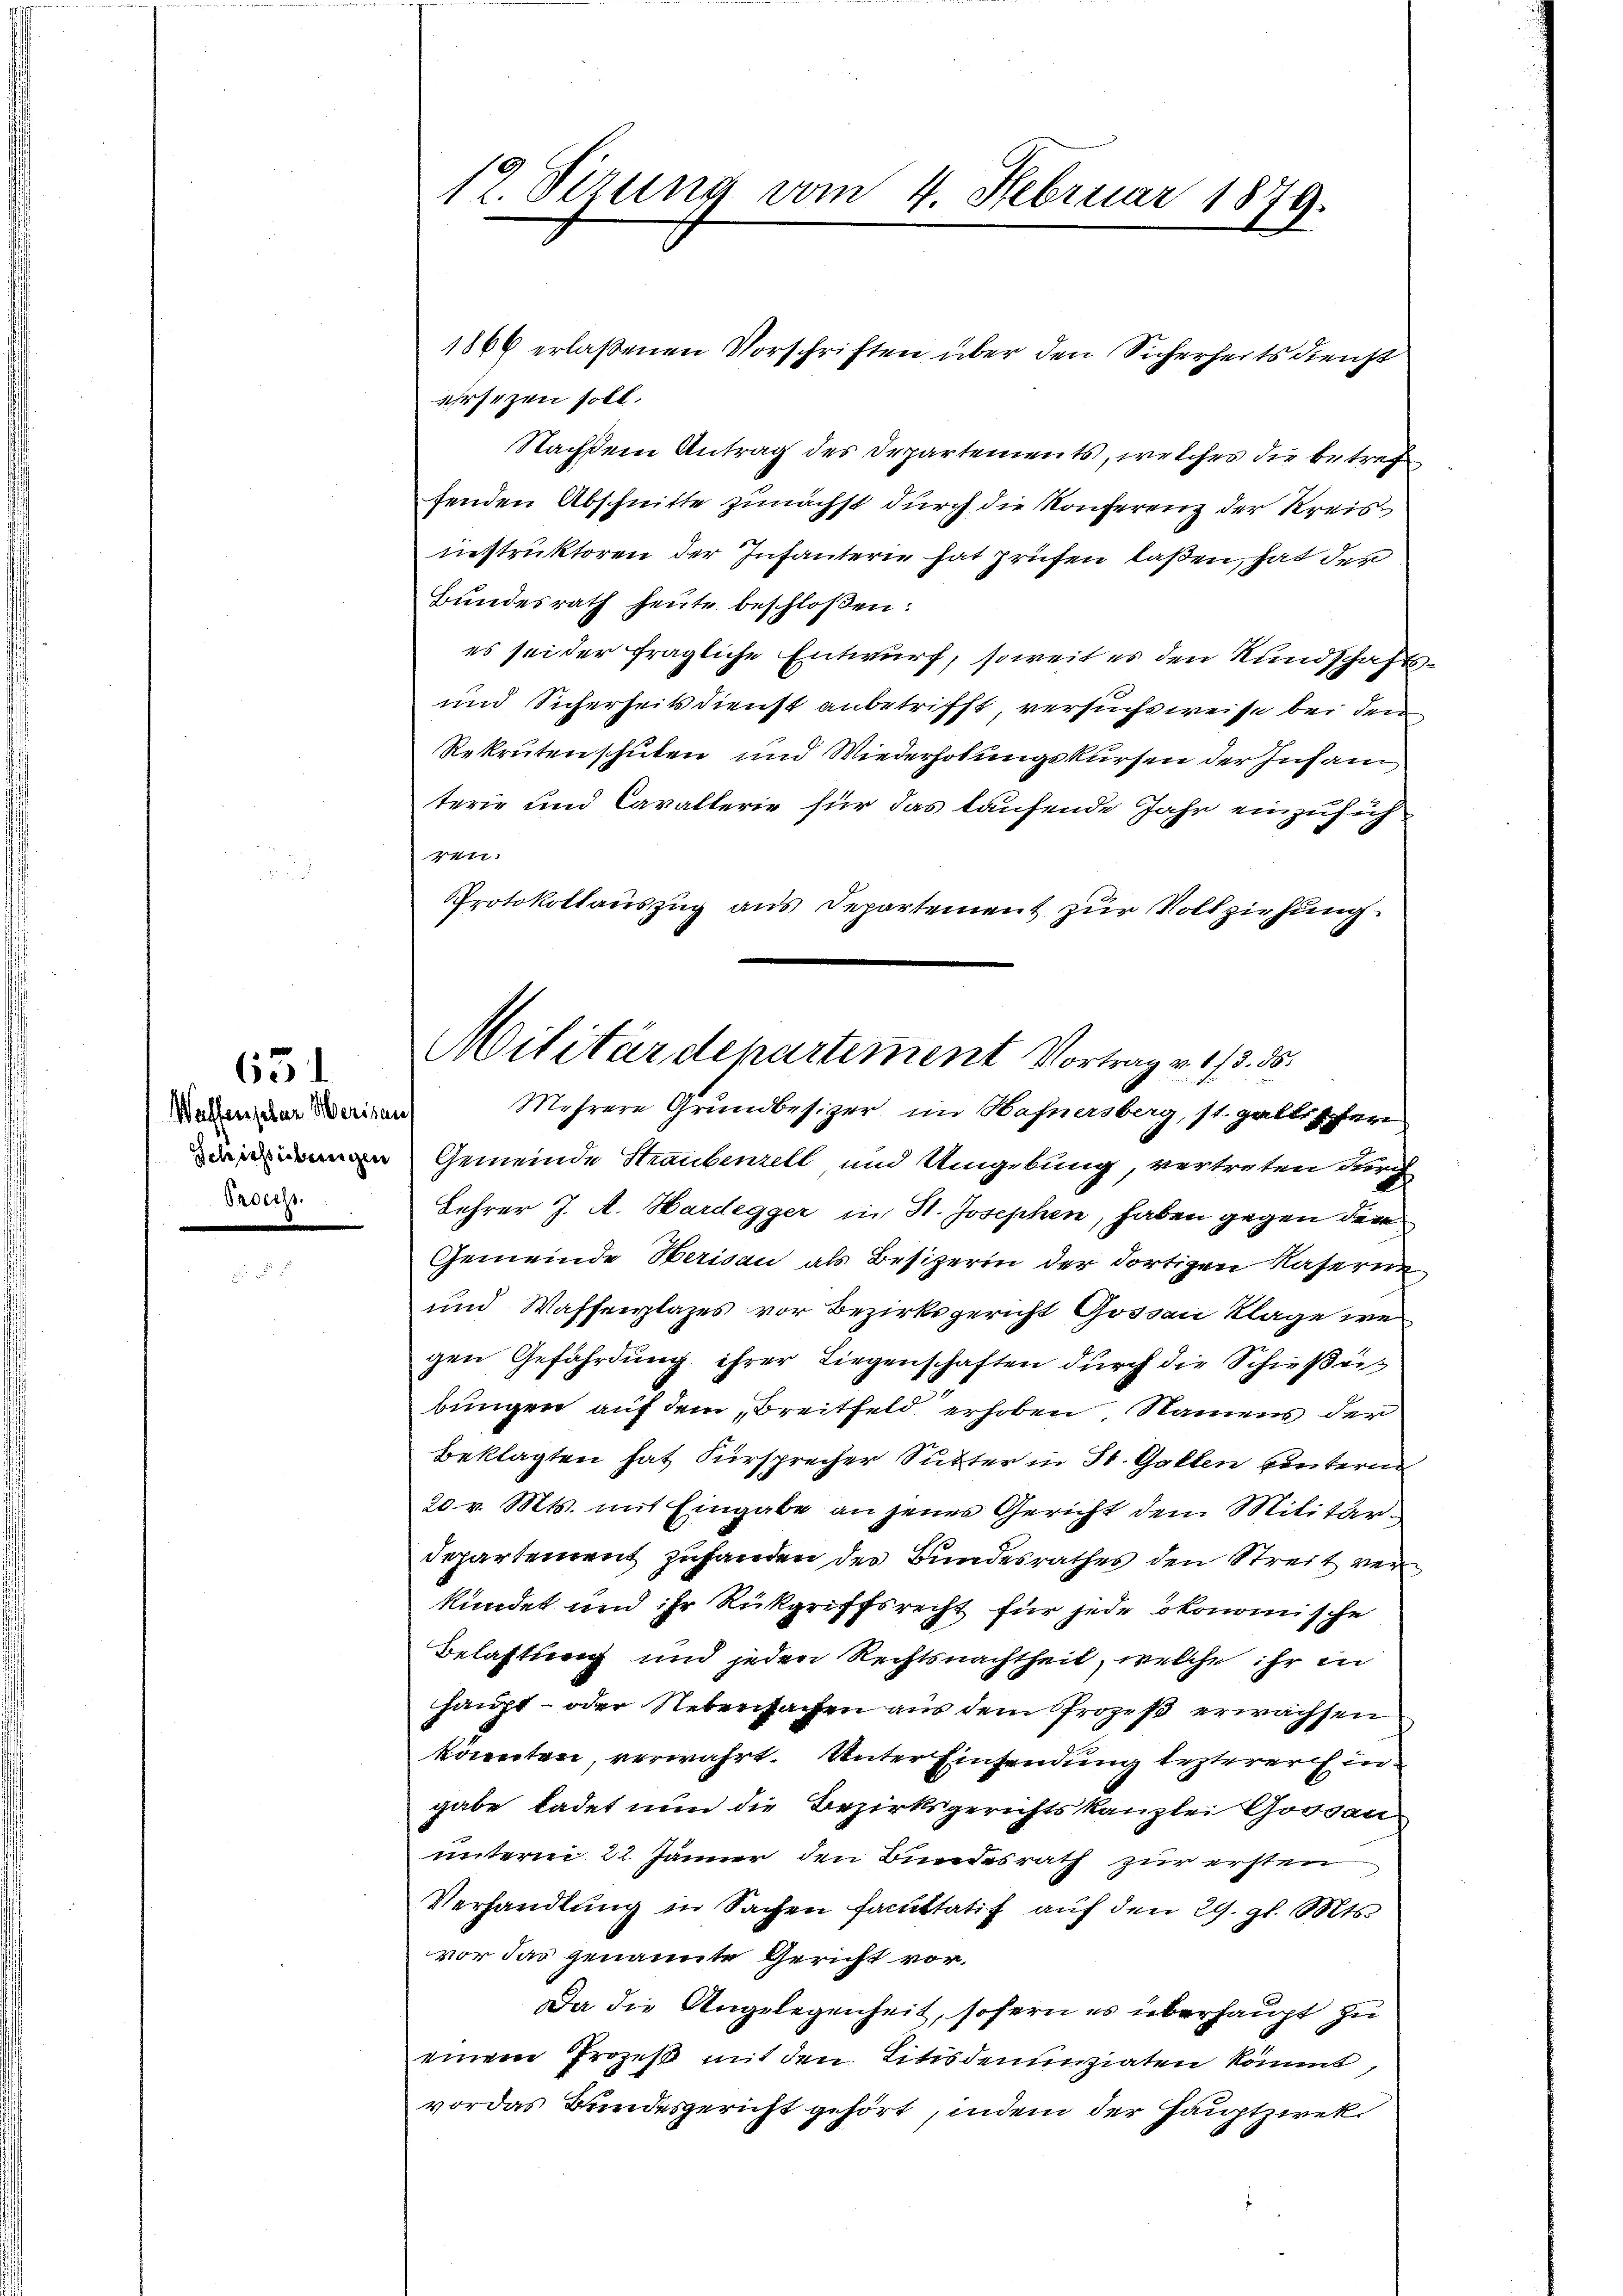
631

Waffenseler Merisau
Schichtübungen
Orderis

12. Sizung vom 4. Februar 1879.

1866 erlaßenen Vorschriften über den Sicherheits Dienst
ehrsezen soll.
Nachdem Antrag des Departements, welches die betreffenden Abschnitte zunächst durch die Konferenz der Kreisinstruktoren der Infanterie hat prüfen laßen, hat der
Bundesrath heute beschloßen:
es sei der fragliche Entwurf, soweit es den Rundschafts¬
und Sicherheitsdienst anbetrifft, versuchsweise bei den
Rekruten schulen und Wiederholungskursen der Insam
terie und Cavallerie für das laufende Jahr einzusich
4411.
PProtokollauszug aus Departement zur Vollziehung
Gemeinde Straubenzell und Umgebung, vertreten durch
Lehrer J. A. Hardegger in H. Josephen, haben gegen der
Gemeinde Herisau als Besizerin der dortigen Kaserne
und Waffenplazes vor Bezirksgericht Gossau Klage we
gen Gefährdung ihrer Liegenschaften durch die Schießeibungen auf dem Breitfeld erhoben Namens der
Beklagten hat Fürsprecher Sutter in St. Gallen hintern
20 v. Mts. mit Eingabe an jenes Gericht dem Militärdepartement zufanden des Bundesrathes den Streit verkündet und ihr Rückgriffsrecht für jede ökonomische
Belastung und jeden Rechtsnachtheil, welche ihr in
haupt- oder Nebensachen aus dem Prozeß erwachsen
könnten verwahrt. Unter Einsendung lezterer Eingabe, ladet nun die Bezirksgerichtskanzlei Gossan
unterm 22. Jänner den Bundesrath zur ersten
Verhandlung in Sachen facultatis auf den 29. gl. Mts.
vor das genannte Gericht vor¬
Da die Angelegenheit, sofern es überhaupt zu
einem Prozeß mit den Litsdenunziaten kömmt,
vor das Bundesgericht gehört, indem der Hauptzwek¬

Militärdepartement Vortrag v. 173. 35.
Mehrere Grundbesizer, im Hafnersberg, st. gallischern